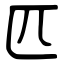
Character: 匹